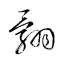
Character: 翾